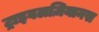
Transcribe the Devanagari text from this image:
ट्राइवलज़ियानस